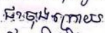
ជាចុងក្រោយ